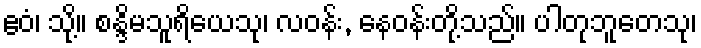
ဧဝံ၊ သို့။ စန္ဒိမသူရိယေသု၊ လဝန်း, နေဝန်းတို့သည်။ ပါတုဘူတေသု၊